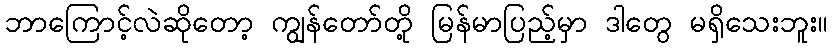
ဘာကြောင့်လဲဆိုတော့ ကျွန်တော်တို့ မြန်မာပြည့်မှာ ဒါတွေ မရှိသေးဘူး။